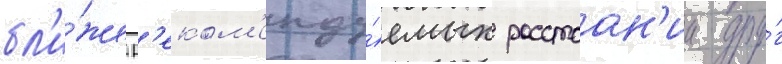
бл'и́же р'еком'енду́емых расстоан'ии дру́г